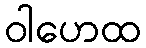
ဝါဟေထ